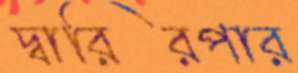
দ্বারিরপার